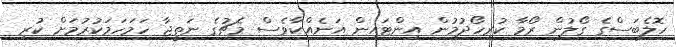
ހޮލެބަސްގެ ގޯލުން ރޯމާ ކުރިހޯދުމުން އިންޓައިން އަނެއްކާވެސް މެޗުގެ ނަތީޖާ ހަމަހަމަކުރުމަށް ކުރި